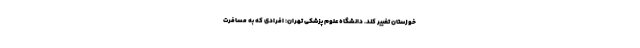
خوزستان تغییر کند. دانشگاه علوم پزشکی تهران: افرادی که به مسافرت